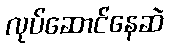
လုပ်ဆောင်နေဆဲ